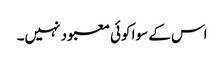
اس کے سوا کوئی معبود نہیں۔